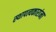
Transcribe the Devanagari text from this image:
स्थापत्यकारांना